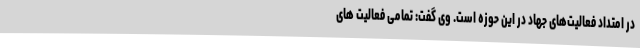
در امتداد فعالیت‌های جهاد در این حوزه است. وی گفت: تمامی فعالیت های